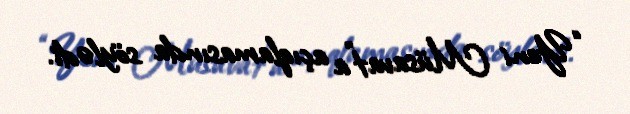
“Yeni Müsavat”a açıqlamasında söylədi.